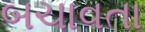
બચાવતા